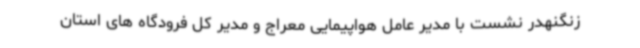
زنگنهدر نشست با مدیر عامل هواپیمایی معراج و مدیر کل فرودگاه های استان